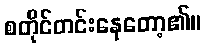
စတိုင်တင်းနေတော့၏။